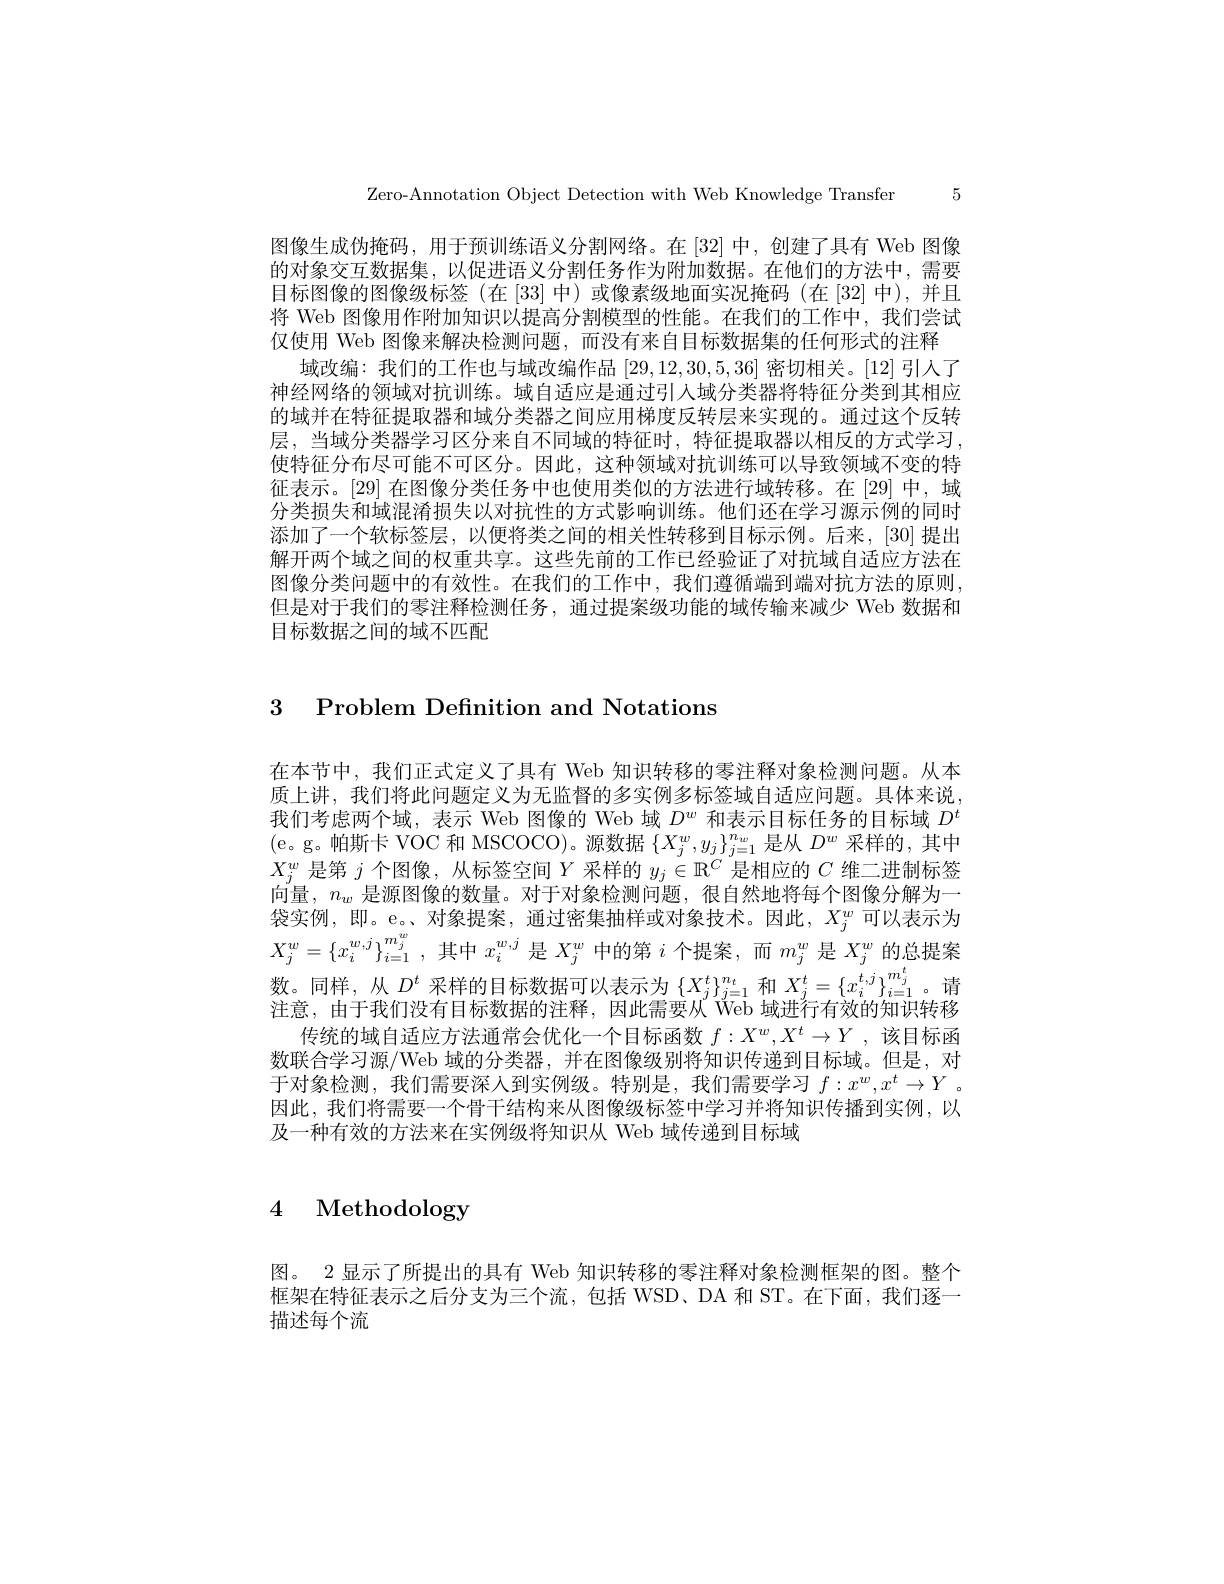
Zero-Annotation Object Detection with Web Knowledge Transfer 5

图像生成伪掩码，用于预训练语义分割网络。在 [32] 中，创建了具有 Web 图像的对象交互数据集，以促进语义分割任务作为附加数据。在他们的方法中，需要目标图像的图像级标签(在[33]中)或像素级地面实况掩码(在[32]中),并且将 Web 图像用作附加知识以提高分割模型的性能。在我们的工作中，我们尝试仅使用 Web 图像来解决检测问题，而没有来自目标数据集的任何形式的注释
域改编：我们的工作也与域改编作品[29,12,30,5,36]密切相关。[12]引人了神经网络的领域对抗训练。域自适应是通过引入域分类器将特征分类到其相应的域并在特征提取器和域分类器之间应用梯度反转层来实现的。通过这个反转层，当域分类器学习区分来自不同域的特征时，特征提取器以相反的方式学习使特征分布尽可能不可区分。因此，这种领域对抗训练可以导致领域不变的特征表示。[29] 在图像分类任务中也使用类似的方法进行域转移。在[29]中，域分类损失和域混淆损失以对抗性的方式影响训练。他们还在学习源示例的同时添加了一个软标签层，以便将类之间的相关性转移到目标示例。后来，[30]提出解开两个域之间的权重共享。这些先前的工作已经验证了对抗域自适应方法在图像分类问题中的有效性。在我们的工作中，我们遵循端到端对抗方法的原则但是对于我们的零注释检测任务，通过提案级功能的域传输来减少 Web 数据和目标数据之间的域不匹配

3 Problem Definition and Notations

在本节中，我们正式定义了具有 Web 知识转移的零注释对象检测问题。从本质上讲，我们将此问题定义为无监督的多实例多标签域自适应问题。具体来说我们考虑两个域，表示 Web 图像的 Web 域$D^w$和表示目标任务的目标域$D^{t}$ (e。g。帕斯卡 VOC 和 MSCOCO)。源数据$\{X_j^w,y_j\}_{j=1}^{n_w}$是从$D^w$采样的，其中$X_j^w$是第$j$个图像，从标签空间$Y$采样的$y_j\in\mathbb{R}^C$是相应的$C$维二进制标签向量，$n_w$是源图像的数量。对于对象检测问题，很自然地将每个图像分解为一袋实例，即。e。、对象提案，通过密集抽样或对象技术。因此，$X_j^w$可以表示为$X_j^w= \{ x_i^{w, j}\} _{i= 1}^{m_j^w}$ ,其中$x_i^w,j$是$X_j^w$中的第$i$个提案，而$m_j^w$是$X_j^w$的总提案数。同样，从$D^t$采样的目标数据可以表示为$\{X_j^t\}_{j=1}^{n_t}$和$X_j^t=\{x_i^{t,j}\}_{i=1}^{m_j^t}$。请注意，由于我们没有目标数据的注释，因此需要从“Web 域进行有效的知识转移
传统的域自适应方法通常会优化一个目标函数$f:X^w,X^t\to Y$ ,该目标函数联合学习源/Web 域的分类器，并在图像级别将知识传递到目标域。但是，对于对象检测，我们需要深人到实例级。特别是，我们需要学习$f:x^w,x^t\to Y$ 。因此，我们将需要一个骨干结构来从图像级标签中学习并将知识传播到实例，以及一种有效的方法来在实例级将知识从 Web 域传递到目标域

# 4 Methodology

图。2 显示了所提出的具有 Web 知识转移的零注释对象检测框架的图。整个框架在特征表示之后分支为三个流，包括 WSD、DA 和 ST。在下面，我们逐一描述每个流